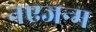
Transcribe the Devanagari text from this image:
नएजन्म